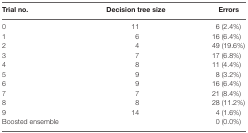
| Trial no. | Decision tree size | Errors |
 | --- | --- | --- |
 | 0 | 11 | 6 (2.4%) |
 | 1 | 6 | 16 (6.4%) |
 | 2 | 4 | 49 (19.6%) |
 | 3 | 7 | 17 (6.8%) |
 | 4 | 8 | 11 (4.4%) |
 | 5 | 9 | 8 (3.2%) |
 | 6 | 9 | 16 (6.4%) |
 | 7 | 7 | 21 (8.4%) |
 | 8 | 8 | 28 (11.2%) |
 | 9 | 14 | 4 (1.6%) |
 | Boosted ensemble |  | 0 (0.0%) |